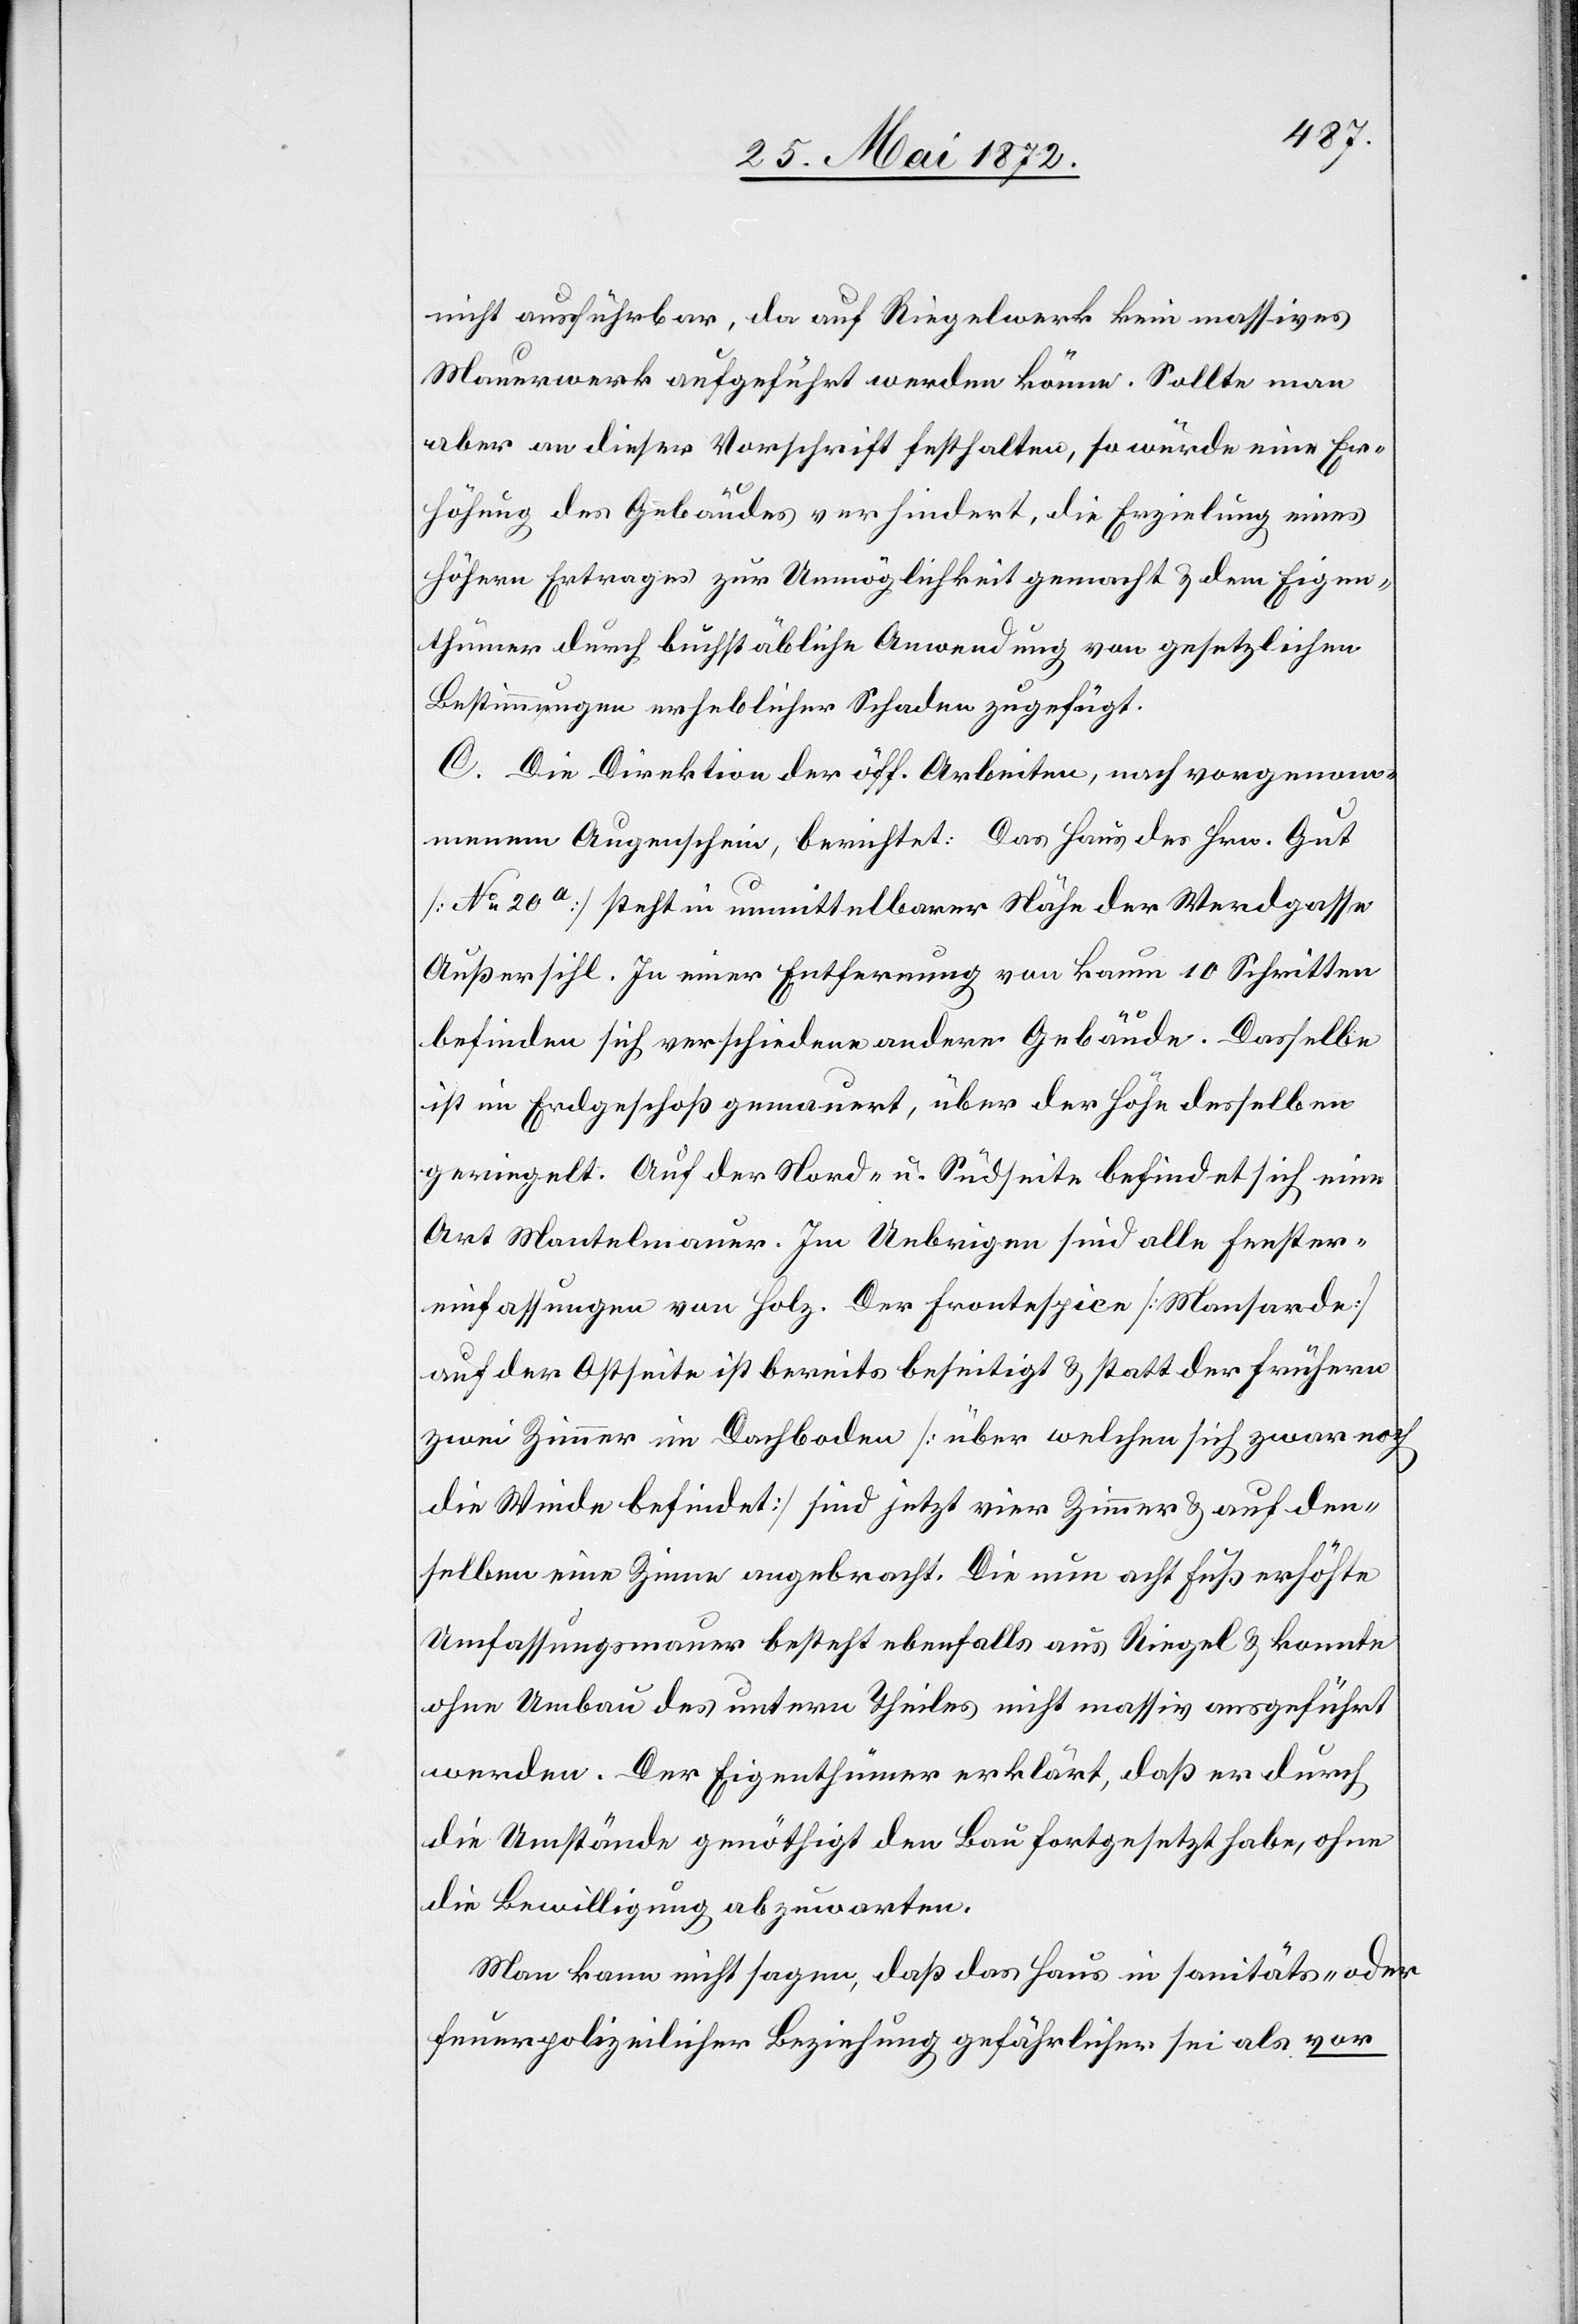
nicht ausführbar, da auf Riegelwerk kein massives
Mauerwerk aufgeführt werden könne. Sollte man
aber an dieser Vorschrift festhalten, so würde eine Er¬
höhung des Gebäudes verhindert, die Erzielung eines
höhern Ertrages zur Unmöglichkeit gemacht u. dem Eigen¬
thümer durch buchstäbliche Anwendung von gesetzlichen
Bestimmungen erheblichen Schaden zugefügt.
C. Die Direktion der öff. Arbeiten, nach vorgenom¬
menem Augenschein, berichtet: Das Haus des Hrn. Gut
[No 20a] steht in unmittelbarer Nähe der Werdgasse
Außersihl. In einer Entfernung von kaum 10 Schritten
befinden sich verschiedene andere Gebäude. Dasselbe
ist im Erdgeschoß gemauert, über der Höhe desselben
geriegelt. Auf der Nord- u. Südseite befindet sich eine
Art Mantelmauer. Im Uebrigen sind alle Fenster¬
einfassungen von Holz. Der Frontespice [Mansarde]
auf der Ostseite ist bereits beseitigt u. statt der frühern
zwei Zimmer im Dachboden [über welchen sich zwar noch
die Winde befindet] sind jetzt vier Zimmer u. auf den¬
selben eine Zinne abgebracht. Die nun acht Fuß erhöhte
Umfassungsmauer besteht ebenfalls aus Riegel u. konnte
ohne Umbau des untern Theiles nicht massiv ausgeführt
werden. Der Eigenthümer erklärt, daß er durch
die Umstände genöthigt den Bau fortgesetzt habe, ohne
die Bewilligung abzuwarten.
Man kann nicht sagen, daß das Haus in sanitäts- oder
feuerpolizeilicher Beziehung gefährlicher sei als vor